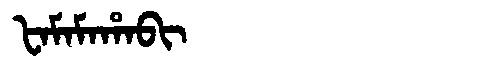
Manchu: ᡶᠠᠮᠠᠮᠠᡥᠠᠪᡳ
Romanization: FAMAMAHABI